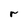
Character: r